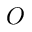
O